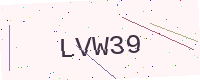
Text: LVW39